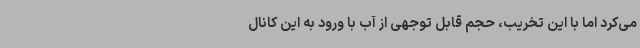
می‌کرد اما با این تخریب، حجم قابل توجهی از آب با ورود به این کانال